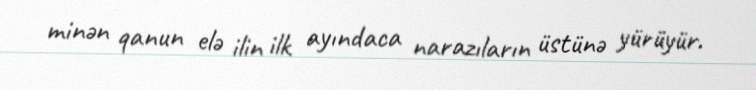
minən qanun elə ilin ilk ayındaca narazıların üstünə yürüyür.